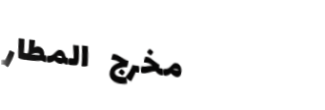
مخرج المطار